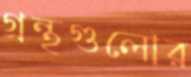
গ্রন্থগুলোর